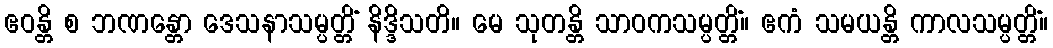
ဧဝန္တိ စ ဘဏန္တော ဒေသနာသမ္ပတ္တိံ နိဒ္ဒိသတိ။ မေ သုတန္တိ သာဝကသမ္ပတ္တိံ။ ဧကံ သမယန္တိ ကာလသမ္ပတ္တိံ။